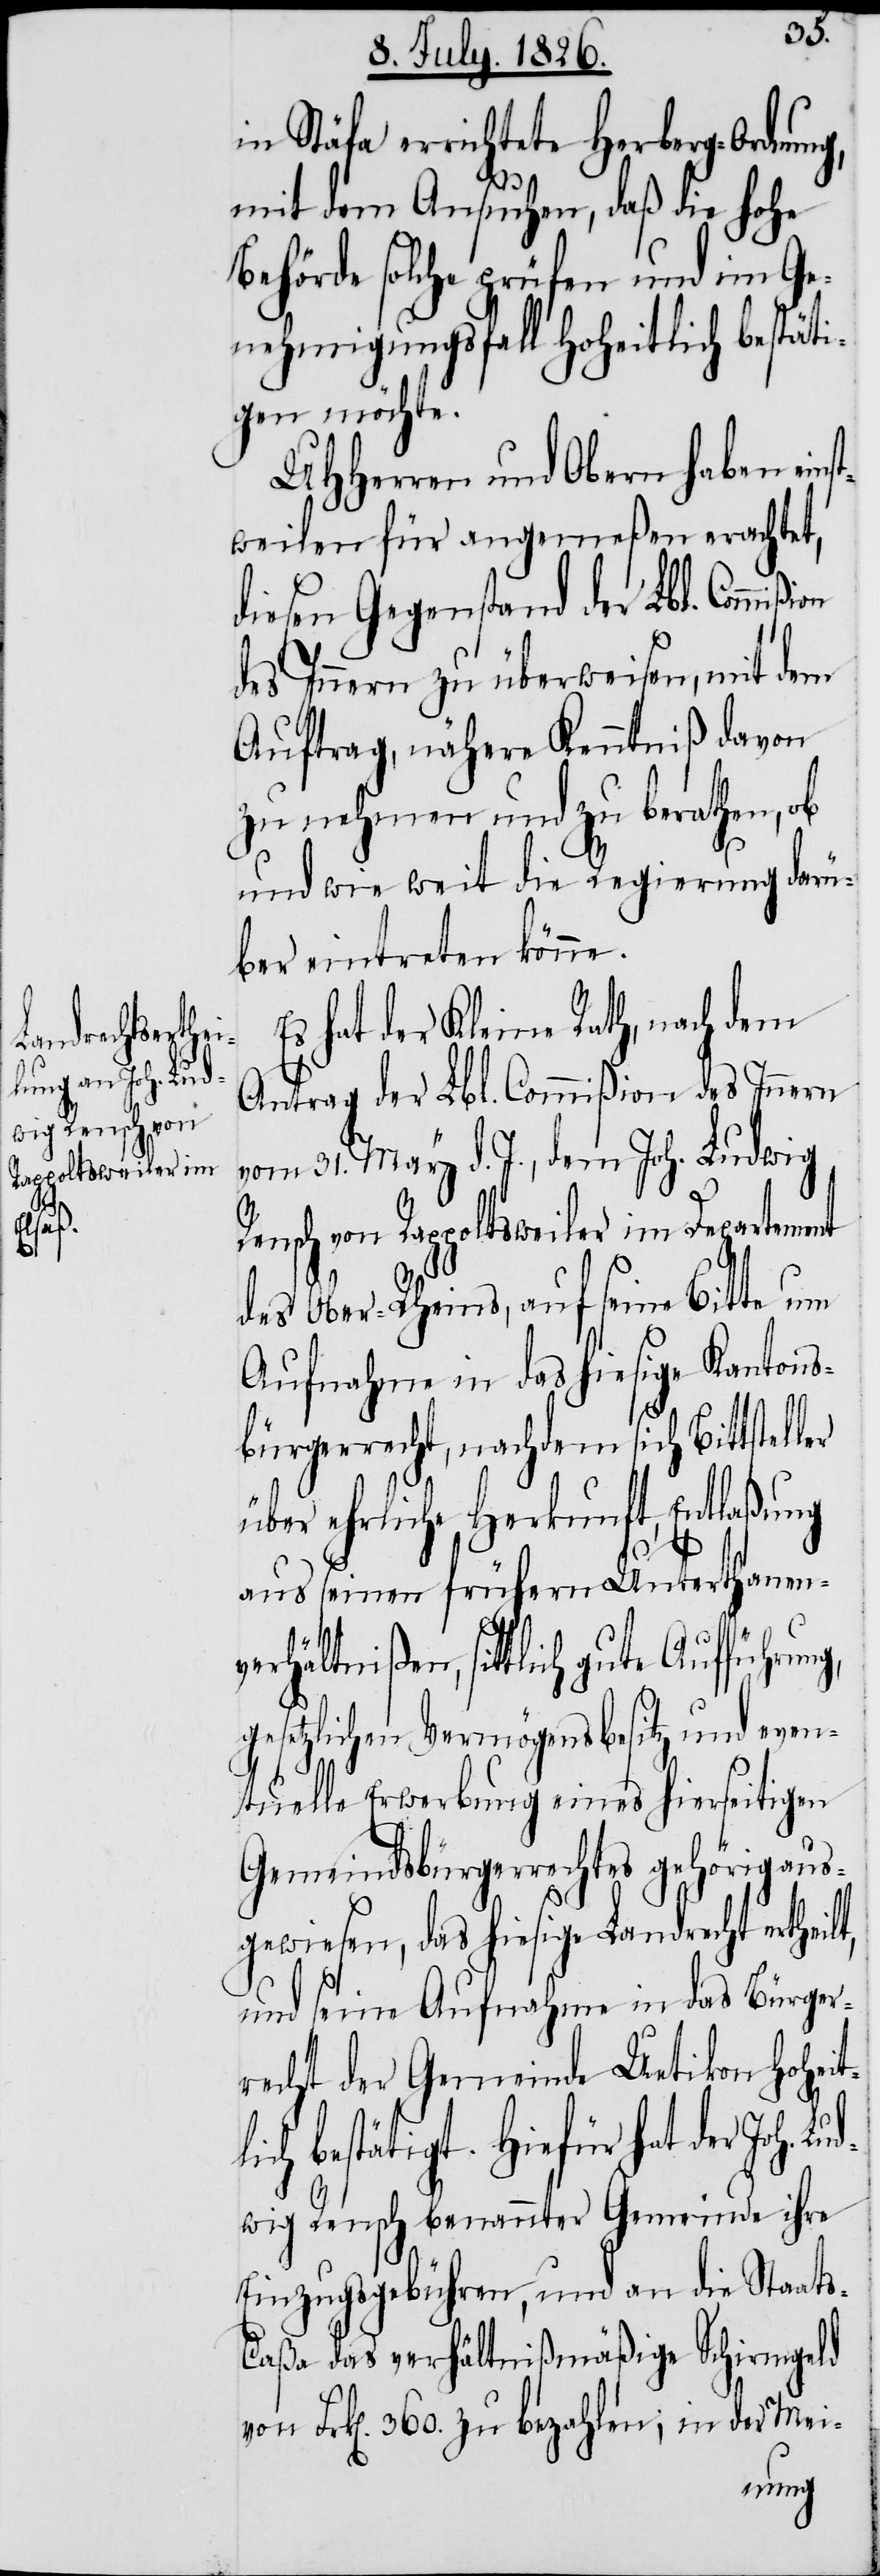
s-C¬

in Stäfa errichtete Herberg-Ordnung,
l¬
mit dem Ansuchen, daß die hohe
Behörde solche prüfen und im Ge¬
nehmigungsfall hoheitlich bestäti¬
gen möchte.
MHHerren und Obern haben eins¬
tweilen für angemeßen erachtet,
diesen Gegenstand der Lbl. Commi¬
des Innern zu überweisen, mit dem
Auftrag, nähere Kenntniß davon
zu nehmen und zu berathen, ob
und wie weit die Regierung darü¬
ber eintreten könne.
Es hat der Kleine Rath, nach dem
Antrag der Lbl. Commißion des Innern
vom 31. May d. J., dem Joh. Ludwig,
Rensch von Rappoltsweiler im Departement
des Ober-Rheins, auf seine Bitte um
Aufnahme in das hiesige Kantons¬
bürgerrecht, nachdem sich Bittstel¬
über ehrliche Herkunft, Entlaßung
aus seinen frühern Unterthanen¬
verhältnißen, sittlich gute Aufführun¬
gesetzlichen Vermögensbesitz und even¬
tuelle Erwerbung eines hierseitigen
Gemeindsbürgerrechtes gehörig aus¬
gewiesen, das hiesige Landrecht ertheil¬
und seine Aufnahme in das Bürger¬
recht der Gemeinde Uetikon hoheit¬
ich bestätigt. Hiefür hat der Joh. Lu¬
dwig Rensch benannter Gemeinde ihre
Einzugsgebühren, und an die Staat¬
aßa das verhältnißmäßige Schirmgeld
von Frk[en]. 360. zu bezahlen; in der Mei-